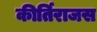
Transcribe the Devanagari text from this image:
कीर्तिराजस